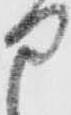
部